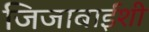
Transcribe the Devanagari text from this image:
जिजाबाईंशी